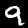
Label: 9